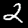
Digit: 2